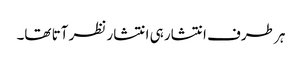
ہر طرف انتشار ہی انتشار نظر آتا تھا۔